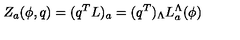
Z _ { a } ( \phi , q ) = ( q ^ { T } L ) _ { a } = ( q ^ { T } ) _ { \Lambda } L _ { a } ^ { \Lambda } ( \phi )